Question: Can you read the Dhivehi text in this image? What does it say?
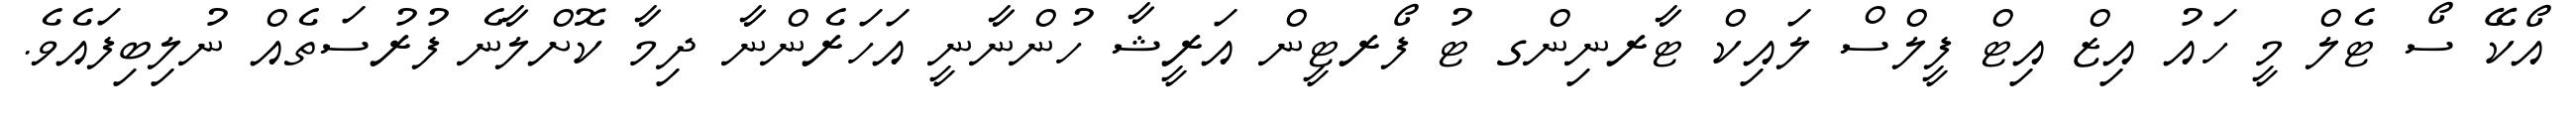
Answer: އޯކޭ ސޯ ޓެލް މީ ހައު އިޒް އިޓް ފީލްސް ލައިކް ޓާރނިންގ ޓު ފޯރޓީން އަރީޝާ ހުންނާނީ އަހަރެންނާ ދިމާ ކޮށްލާނެ ފުރުސަތެއް ނުލިބިފައެވެ.